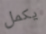
يكمل